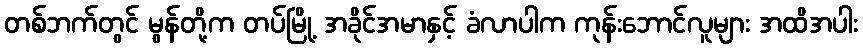
တစ်ဘက်တွင် မွန်တို့က တပ်မြို့ အခိုင်အမာနှင့် ခံလာပါက ကုန်းဘောင်လူများ အထိအပါး